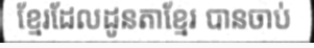
ខ្មែរដែលដូនតាខ្មែរ បានចាប់